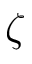
\zeta